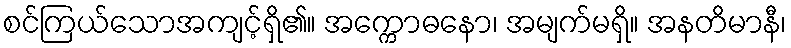
စင်ကြယ်သောအကျင့်ရှိ၏။ အက္ကောဓနော၊ အမျက်မရှိ။ အနတိမာနီ၊